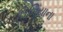
લિબિયાના